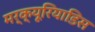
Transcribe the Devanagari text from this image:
मर्क्यूरियाडिस